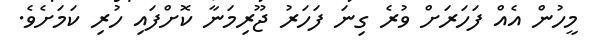
މީހުން އެއް ފަހަރަށް ވުރެ ގިނަ ފަހަރު ޖޫރިމަނާ ކޮށްފައި ހުރި ކަމަށެވެ.